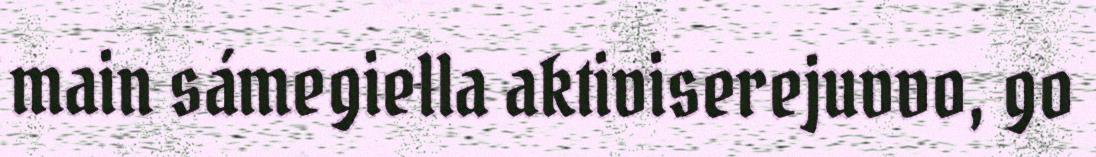
main sámegiella aktiviserejuvvo, go